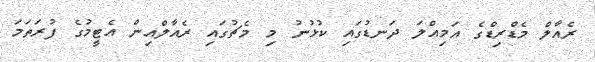
ރެއާލް މެޑްރިޑްގެ އަމިއްލަ ދަނޑުގައި ކުޅުނު މި މެޗުގައި ރެއާލްއިން އެޓީމުގެ ފުރަތަމަ